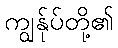
ကျွန်ုပ်တို့၏